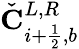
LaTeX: \check{\mathbf{C}}_{i+\frac{1}{2},b}^{L,R}